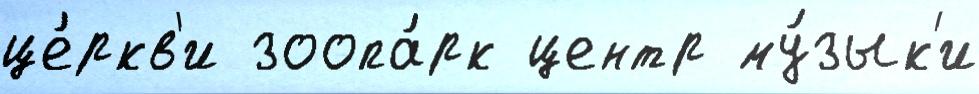
це́ркв'и зоопа́рк центр му́зык'и